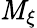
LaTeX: \mathit{M}_{\xi}